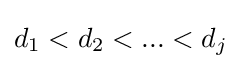
{d_{1}<d_{2}<...<d_{j}}